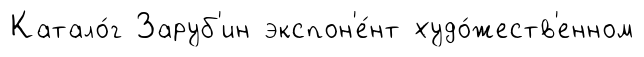
Катало́г Заруб'ин экспон'е́нт худо́жеств'енном